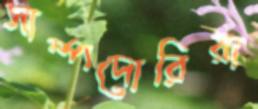
সাম্পদোরিয়া